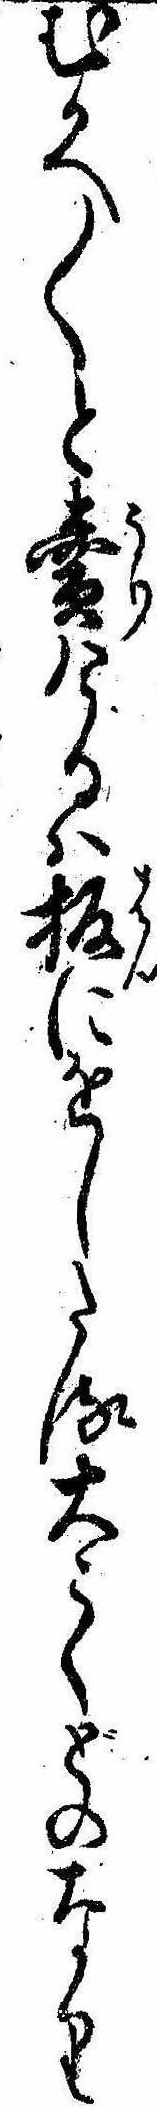
むかへ〱と売けるは板にをしたる大こくどのなり